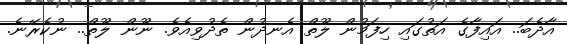
އާދެބަ.. އައިފާގެ އަތުގައި ހިފަމުން ލޫތް އެނދުން ތެދުވިއެވެ. ނޫން ލޫތް.. ނުކެރޭނެ.